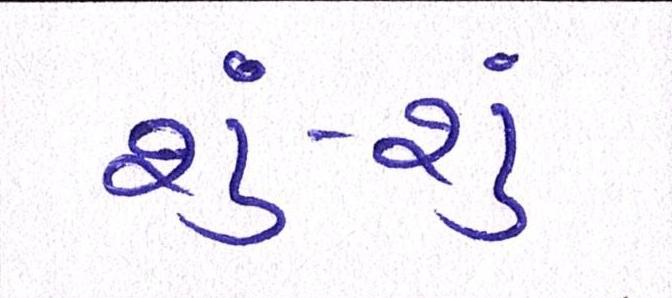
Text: શું-શું